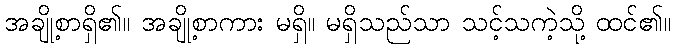
အချို့စာရှိ၏။ အချို့စာကား မရှိ။ မရှိသည်သာ သင့်သကဲ့သို့ ထင်၏။